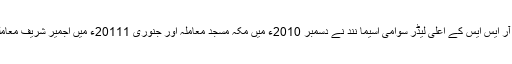
اس دوران اجمیر شریف اور مکہ مسجد بم دھماکوں میں ماخوذ آر ایس ایس کے اعلیٰ لیڈر سوامی اسیما نند نے دسمبر 2010ء میں مکہ مسجد معاملہ اور جنوری 20111ء میں اجمیر شریف معاملہ ان دونوں معاملات میں خود کے ملوث ہونے کا اعتراف کیا۔